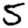
Digit: 5